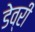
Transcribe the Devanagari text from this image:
डेव्री